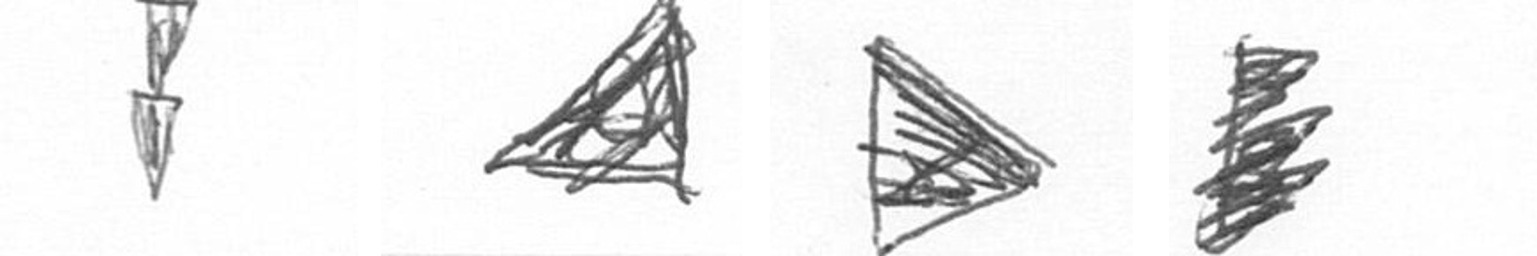
Z O T H